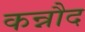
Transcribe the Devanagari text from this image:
कन्नौद